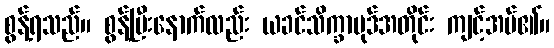
စွန့်ရသည်။ စွန့်ပြီးနောက်လည်း ယခင်သိက္ခာပုဒ်အတိုင်း ကျင့်အပ်၏။